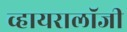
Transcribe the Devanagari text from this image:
व्हायरालॉजी